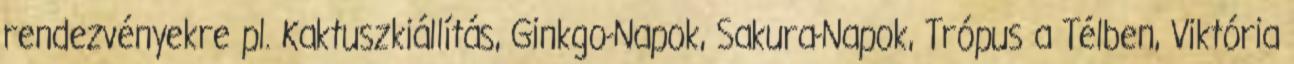
rendezvényekre pl. Kaktuszkiállítás, Ginkgo-Napok, Sakura-Napok, Trópus a Télben, Viktória